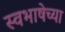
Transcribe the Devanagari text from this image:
स्वभाषेच्या